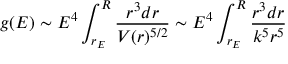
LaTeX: g ( E ) \sim E ^ { 4 } \int _ { r _ { E } } ^ { R } { \frac { r ^ { 3 } d r } { V ( r ) ^ { 5 / 2 } } } \sim E ^ { 4 } \int _ { r _ { E } } ^ { R } { \frac { r ^ { 3 } d r } { k ^ { 5 } r ^ { 5 } } }